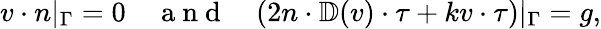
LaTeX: \begin{array}{r}{v\cdot n|_{\Gamma}=0\quad\mathrm{~a~n~d~}\quad(2n\cdot\mathbb{D}(v)\cdot\tau+kv\cdot\tau)|_{\Gamma}=g,}\end{array}